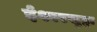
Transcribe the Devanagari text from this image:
ईश्वरसुद्धा